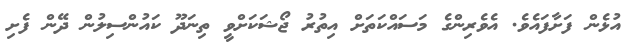
އުޅެން ފަށާފައެވެ. އެވެރިންގެ މަސައްކަތަށް އިތުރު ޖޯޝަކަށްވީ ތިނަދޫ ކައުންސިލުން ދޭން ފެށި